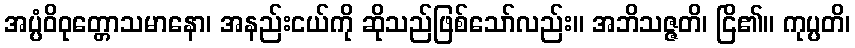
အပ္ပံဝိဝုတ္တောသမာနော၊ အနည်းငယ်ကို ဆိုသည်ဖြစ်သော်လည်း။ အဘိသဇ္ဇတိ၊ ငြိ၏။ ကုပ္ပတိ၊